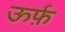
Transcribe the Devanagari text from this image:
ऊर्फ़